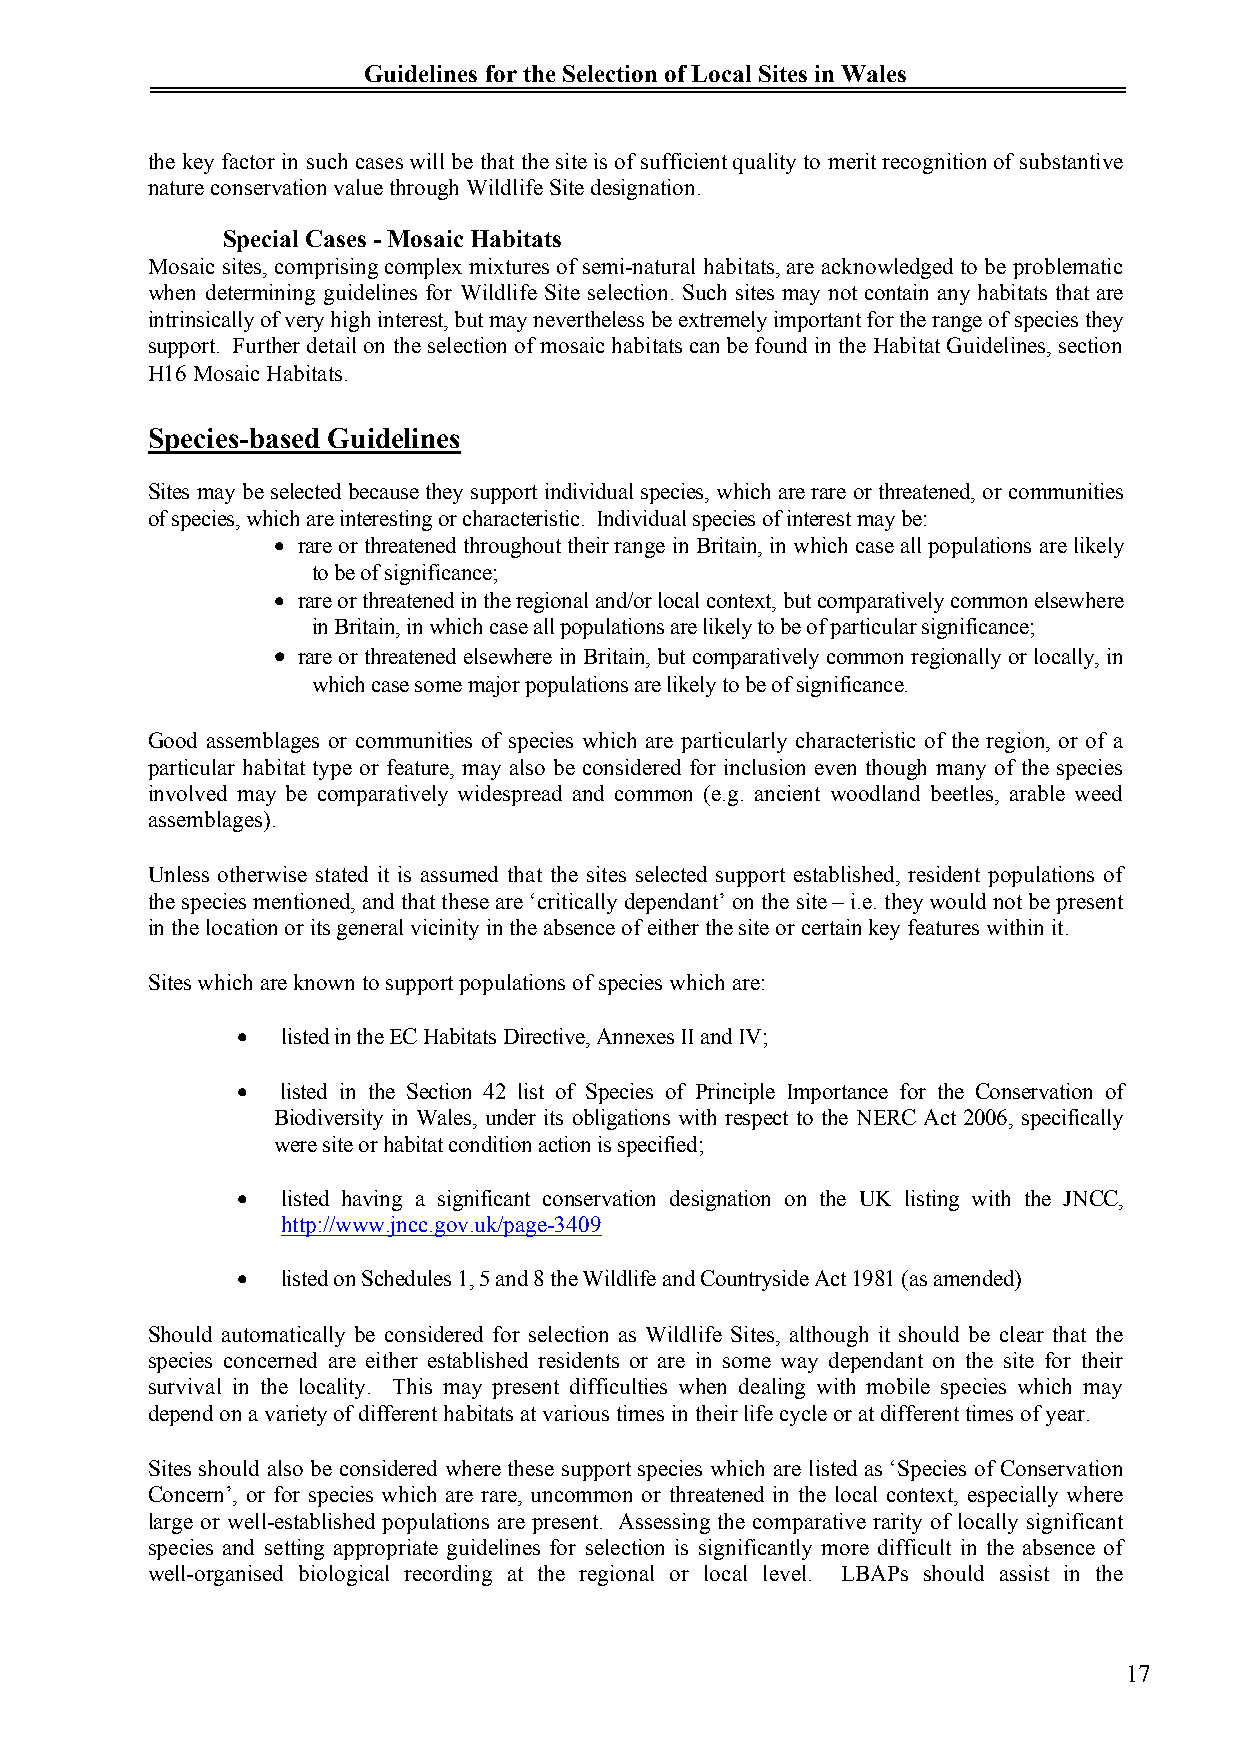
Guidelines for the Selection of Local Sites in Wales
 the key factor in such cases will be that the site is of sufficient quality to merit recognition of substantive
 nature conservation value through Wildlife Site designation.
 Special Cases - Mosaic Habitats
 Mosaic sites, comprising complex mixtures of semi-natural habitats, are acknowledged to be problematic
 when determining guidelines for Wildlife Site selection. Such sites may not contain any habitats that are
 intrinsically of very high interest, but may nevertheless be extremely important for the range of species they
 support. Further detail on the selection of mosaic habitats can be found in the Habitat Guidelines, section
 H16 Mosaic Habitats.
 Species-based Guidelines
 Sites may be selected because they support individual species, which are rare or threatened, or communities
 of species, which are interesting or characteristic. Individual species of interest may be:
  rare or threatened throughout their range in Britain, in which case all populations are likely
 to be of significance;
  rare or threatened in the regional and/or local context, but comparatively common elsewhere
 in Britain, in which case all populations are likely to be of particular significance;
  rare or threatened elsewhere in Britain, but comparatively common regionally or locally, in
 which case some major populations are likely to be of significance.
 Good assemblages or communities of species which are particularly characteristic of the region, or of a
 particular habitat type or feature, may also be considered for inclusion even though many of the species
 involved may be comparatively widespread and common (e.g. ancient woodland beetles, arable weed
 assemblages).
 Unless otherwise stated it is assumed that the sites selected support established, resident populations of
 the species mentioned, and that these are ‘critically dependant’ on the site – i.e. they would not be present
 in the location or its general vicinity in the absence of either the site or certain key features within it.
 Sites which are known to support populations of species which are:
   listed in the EC Habitats Directive, Annexes II and IV;
   listed in the Section 42 list of Species of Principle Importance for the Conservation of
 Biodiversity in Wales, under its obligations with respect to the NERC Act 2006, specifically
 were site or habitat condition action is specified;
   listed having a significant conservation designation on the UK listing with the JNCC,
 http://www.jncc.gov.uk/page-3409
   listed on Schedules 1, 5 and 8 the Wildlife and Countryside Act 1981 (as amended)
 Should automatically be considered for selection as Wildlife Sites, although it should be clear that the
 species concerned are either established residents or are in some way dependant on the site for their
 survival in the locality. This may present difficulties when dealing with mobile species which may
 depend on a variety of different habitats at various times in their life cycle or at different times of year.
 Sites should also be considered where these support species which are listed as ‘Species of Conservation
 Concern’, or for species which are rare, uncommon or threatened in the local context, especially where
 large or well-established populations are present. Assessing the comparative rarity of locally significant
 species and setting appropriate guidelines for selection is significantly more difficult in the absence of
 well-organised biological recording at the regional or local level. LBAPs should assist in the
 17